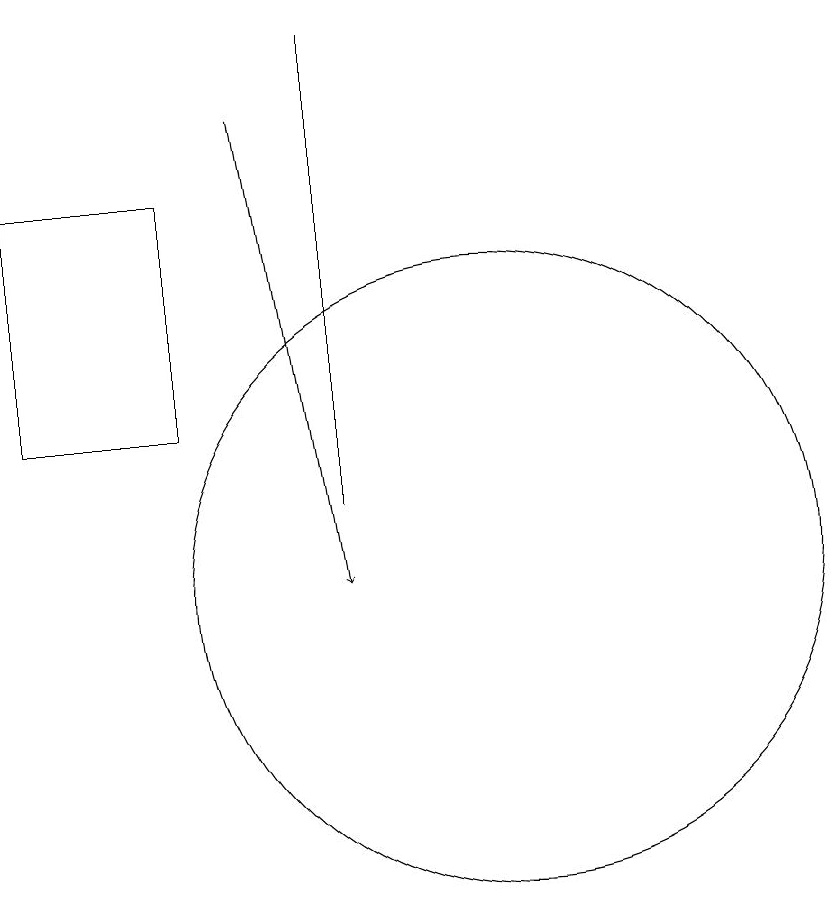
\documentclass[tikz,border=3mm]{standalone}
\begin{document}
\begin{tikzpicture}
\draw (11,10) circle (4);
\draw (9,11) rectangle (9,17);
\draw (5,12) rectangle (7,15);
\draw[->] (8,16) -- (9,10);
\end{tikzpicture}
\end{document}